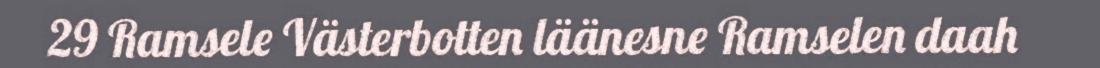
29 Ramsele Västerbotten läänesne Ramselen daah